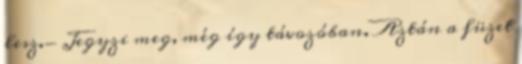
lesz.- Jegyzi meg, még így távozóban. Aztán a füzet